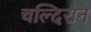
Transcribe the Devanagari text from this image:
चल्दिरान